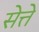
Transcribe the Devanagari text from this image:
सेत्ते